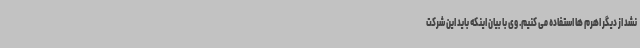
نشد از دیگر اهرم ها استفاده می کنیم. وی با بیان اینکه باید این شرکت